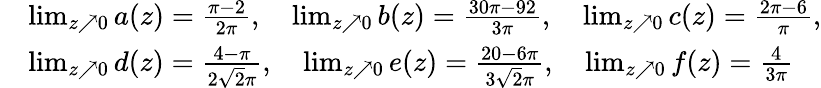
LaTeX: \begin{array}{rl}&{\operatorname*{lim}_{z\nearrow 0}a(z)=\frac{\pi-2}{2\pi},\quad\operatorname*{lim}_{z\nearrow 0}b(z)=\frac{30\pi-92}{3\pi},\quad\operatorname*{lim}_{z\nearrow 0}c(z)=\frac{2\pi-6}{\pi},}\\ &{\operatorname*{lim}_{z\nearrow 0}d(z)=\frac{4-\pi}{2\sqrt{2}\pi},\quad\operatorname*{lim}_{z\nearrow 0}e(z)=\frac{20-6\pi}{3\sqrt{2}\pi},\quad\operatorname*{lim}_{z\nearrow 0}f(z)=\frac{4}{3\pi}}\end{array}